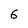
Character: 6